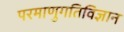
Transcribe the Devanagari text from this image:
परमाणुगतिविज्ञान